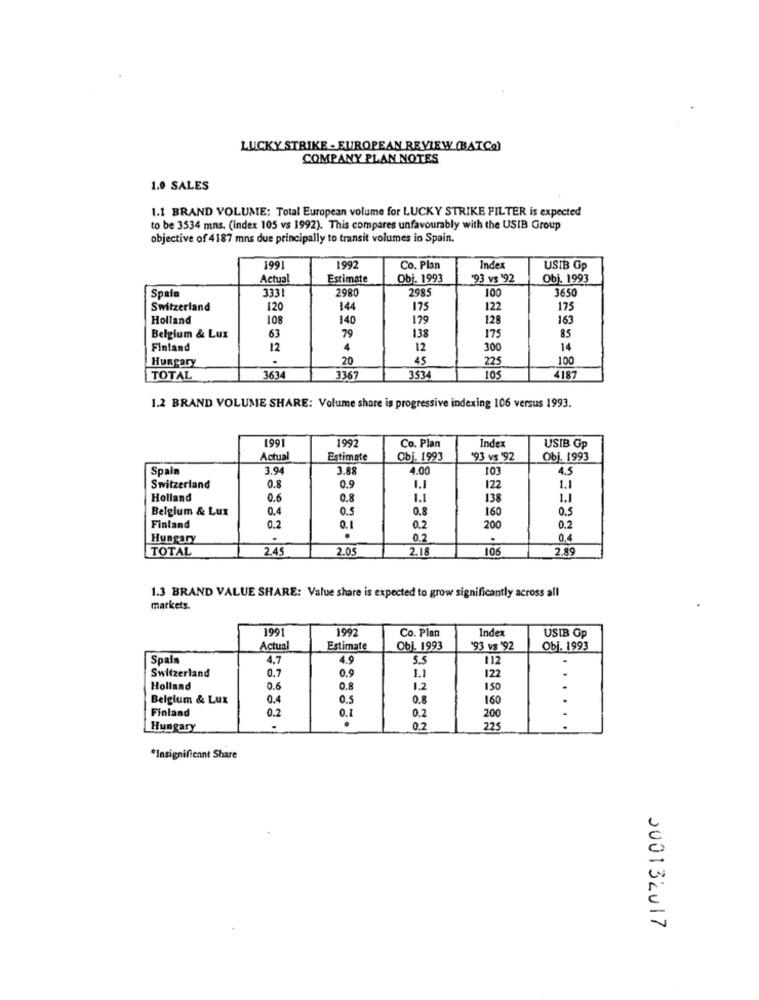
LUCKY STRIKE - EUROPEAN REVIEW (BATCa)
COMPANY PLAN NOTES
1.0 SALES
1.1 BRAND VOLUME: Total European volume for LUCKY STRIKE FILTER is expected
to be 3534 mns. (index 105 vs 1992). This compares unfavourably with the USIB Group
objective of 4187 mns due principally to transit volumes in Spain.
199
199
Co. Plan
Index
USIB Gp
Actual
Estimate
Obj. 1993
'93 vs 92
Obj. 1993
2980
100
3650
Spalo
3331
2985
Switzerland
120
144
175
122
175
Holland
108
140
179
128
163
138
85
Belgium & Lux
63
79
175
Finland
12
4
12
300
14
Hungary
.
20
45
225
100
TOTAL
3634
336
353
105
418;
1.2 BRAND VOLUME SHARE: Volume shore is progressive indexing 106 versus 1993.
1991
1997
Co. Plan
Index
USIB Gp
Actual
Estimate
Obj. 1993
"93 vs '92
Obj. 1993
Spain
3.94
3.88
4.00
103
4.5
0.8
Switzerland
0.9
1.1
122
1.1
Holland
0.6
0.8
1.1
138
1.1
Belgium & Lux
0.4
0.5
0.8
160
0.5
Finland
0.2
0.1
0.2
200
0.2
Hungary
.
0.2
.
0,4
TOTAL
2.45
2.05
2.18
106
2.89
1.3 BRAND VALUE SHARE: Value share is expected to grow significantly across all
markets.
1991
1997
Co. Plan
Index
USIB Gp
Actual
Estimate
Obj. 1993
93 vs '92
Obj. 1993
Spain
4.7
4.9
5.5
112
Switzerland
0.9
1.1
0.7
122
Holland
0.6
0.8
1.2
150
Belgium & Lux
0.4
0.5
0.8
160
Finland
0.7
0.1
0.2
.
200
Hungary
.
0.2
225
*Insignificant Share
200132017